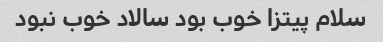
سلام پیتزا خوب بود سالاد خوب نبود